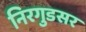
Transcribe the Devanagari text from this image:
निरगुडसर